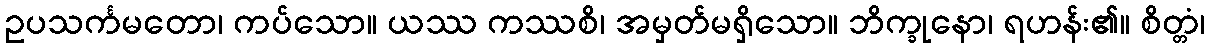
ဥပသင်္ကမတော၊ ကပ်သော။ ယဿ ကဿစိ၊ အမှတ်မရှိသော။ ဘိက္ခုနော၊ ရဟန်း၏။ စိတ္တံ၊